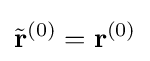
{\tilde {\mathbf {r}}}^{(0)}={\mathbf {r}}^{(0)}